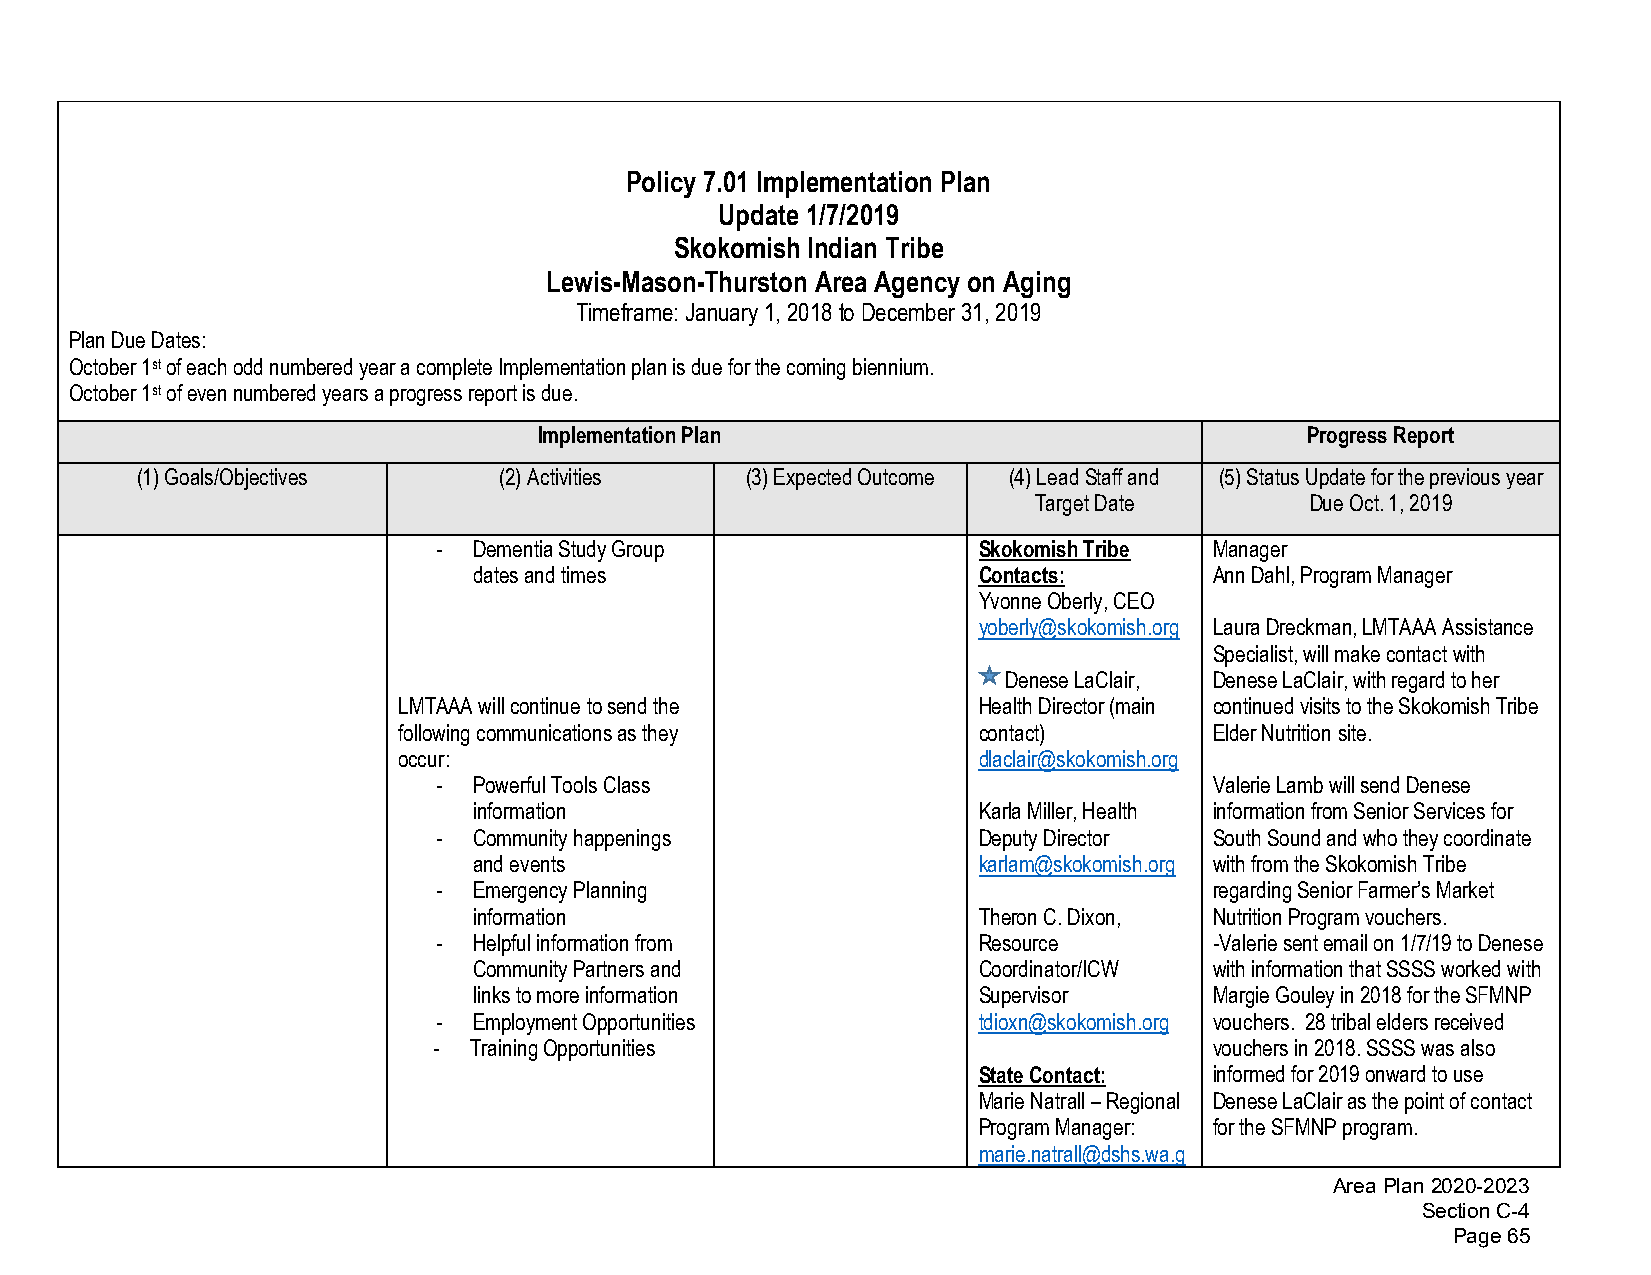
Policy 7.01 Implementation Plan
 Update 1/7/2019
 Skokomish Indian Tribe
 Lewis-Mason-Thurston Area Agency on Aging
 Timeframe: January 1, 2018 to December 31, 2019
 Plan Due Dates:
 October 1st of each odd numbered year a complete Implementation plan is due for the coming biennium.
 October 1st of even numbered years a progress report is due.
 Implementation Plan                               Progress Report
 (1)Goals/Objectives     (2)Activities   (3)Expected Outcome (4)Lead Staff and (5)Status Update for the previous year
 Target Date        Due Oct. 1, 2019
 - Dementia Study Group              Skokomish Tribe Manager
 dates and times                   Contacts:      Ann Dahl, Program Manager
 Yvonne Oberly, CEO
 yoberly@skokomish.org Laura Dreckman, LMTAAA Assistance
 Specialist, will make contact with
 Denese LaClair, Denese LaClair, with regard to her
 LMTAAA will continue to send the       Health Director (main continued visits to the Skokomish Tribe
 following communications as they       contact)       Elder Nutrition site.
 occur:                                 dlaclair@skokomish.org
 - Powerful Tools Class                             Valerie Lamb will send Denese
 information                       Karla Miller, Health information from Senior Services for
 - Community happenings              Deputy Director South Sound and who they coordinate
 and events                        karlam@skokomish.org with from the Skokomish Tribe
 - Emergency Planning                               regarding Senior Farmer’s Market
 information                       Theron C. Dixon, Nutrition Program vouchers.
 - Helpful information from          Resource       -Valerie sent email on 1/7/19 to Denese
 Community Partners and            Coordinator/ICW with information that SSSS worked with
 links to more information         Supervisor     Margie Gouley in 2018 for the SFMNP
 - Employment Opportunities          tdioxn@skokomish.org vouchers. 28 tribal elders received
 - Training Opportunities                           vouchers in 2018. SSSS was also
 State Contact: informed for 2019 onward to use
 Marie Natrall – Regional Denese LaClair as the point of contact
 Program Manager: for the SFMNP program.
 marie.natrall@dshs.wa.g
 Area Plan 2020-2023
 Section C-4
 Page 65